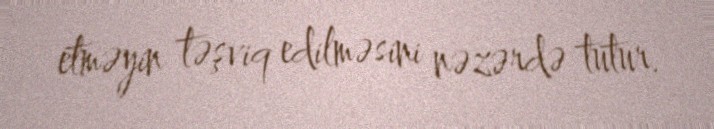
etməyin təşviq edilməsini nəzərdə tutur.